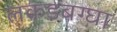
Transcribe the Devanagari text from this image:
लकडबग्घा